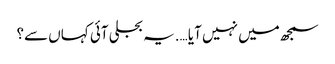
سمجھ میں نہیں آیا ….یہ بجلی آئی کہاں سے؟